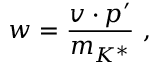
w = { \frac { v \cdot p ^ { \prime } } { m _ { K ^ { * } } } } \ ,